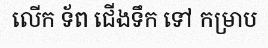
លើក ទ័ព ជើងទឹក ទៅ កម្រាប